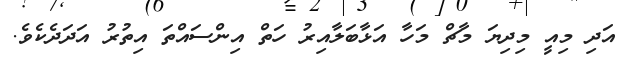
އަދި މިއީ މިދިޔަ މާޗް މަހާ އަޅާބަލާއިރު ހަތް އިންސައްތަ އިތުރު އަދަދެކެވެ.